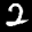
Label: 2